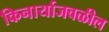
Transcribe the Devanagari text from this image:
किनार्याजवळील